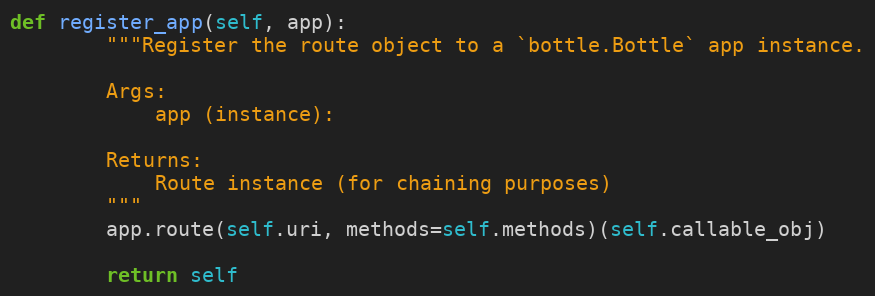
Language: Python
def register_app(self, app):
        """Register the route object to a `bottle.Bottle` app instance.

        Args:
            app (instance):

        Returns:
            Route instance (for chaining purposes)
        """
        app.route(self.uri, methods=self.methods)(self.callable_obj)

        return self